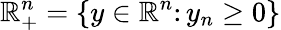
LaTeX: \mathbb{R}_{+}^{n}=\{ y\in\mathbb{R}^{n}\colon y_{n}\geq 0\}